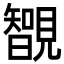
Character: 䚐